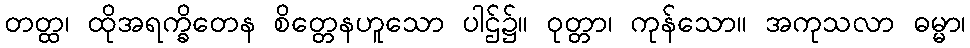
တတ္ထ၊ ထိုအရက္ခိတေန စိတ္တေနဟူသော ပါဌ်၌။ ဝုတ္တာ၊ ကုန်သော။ အကုသလာ ဓမ္မာ၊